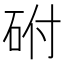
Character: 䂤